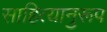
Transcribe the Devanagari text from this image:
साहित्यानुरूप